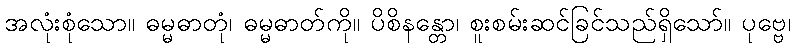
အလုံးစုံသော။ ဓမ္မဓာတုံ၊ ဓမ္မဓာတ်ကို။ ပိစိနန္တော၊ စူးစမ်းဆင်ခြင်သည်ရှိသော်။ ပုဗ္ဗေ၊